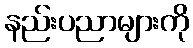
နည်းပညာများကို